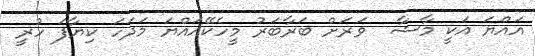
އައްޔަ އަކީ މާޝާ  ވަރަށް ބަރާބަރު މީހެކޭއައްޔަ މަދަހަ ކިޔާފަ ހުރީ